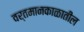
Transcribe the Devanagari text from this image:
वर्तमानकाळातील